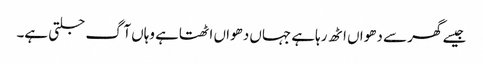
جیسے گھر سے دھواں اٹھ رہاہے جہاں دھواں اٹھتاہے وہاں آگ جلتی ہے۔